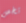
تخص